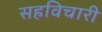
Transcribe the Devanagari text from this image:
सहविचारी